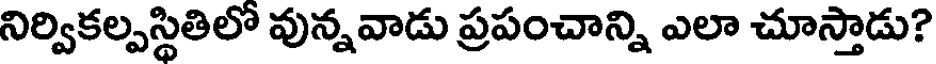
నిర్వికల్పస్థితిలో వున్నవాడు ప్రపంచాన్ని ఎలా చూస్తాడు?